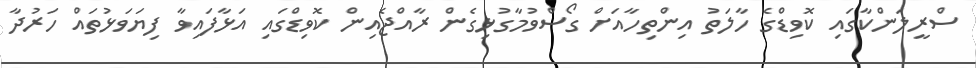
ސްރީލަންކާގައި ކޮވިޑްގެ ހާލަތު އިންތިހާއަށް ގޯސްވުމާގުޅިގެން ރާއްޖެއިން ކޮވިޑްގައި އަޅާފައިވާ ފިޔަވަޅުތައް ހަރުދާ